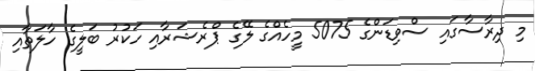
މި ދިރާސާގައި ސްވިޑަންގެ 5075 މީހެއްގެ ލޭގެ ޕްރެޝަރާއި ހަކުރު ބަލީގެ ހާލަތާއި